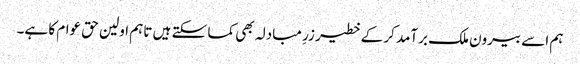
ہم اسے بیرون ملک برآمد کر کے خطیر زرِ مبادلہ بھی کما سکتے ہیں تاہم اولین حق عوام کا ہے۔